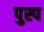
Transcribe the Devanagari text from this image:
पुस्प